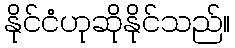
နိုင်ငံဟုဆိုနိုင်သည်။